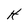
Character: H